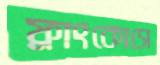
ফ্রাংকোসে